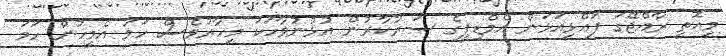
މިއޮތީ ރާއްޖޭގަ ފައްޅިއަޅަން އެމްޑިޕީގެ ސަރުކާރުން އުޅުނުވާހަކަ މިހާރުވެސް ހަމަ އެމީހުން ހަމަ